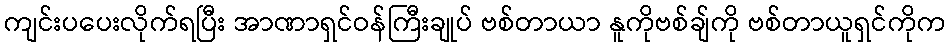
ကျင်းပပေးလိုက်ရပြီး အာဏာရှင်ဝန်ကြီးချုပ် ဗစ်တာယာ နူကိုဗစ်ချ်ကို ဗစ်တာယူရှင်ကိုက